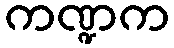
ကဏ္ဍက